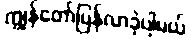
ကျွန်တော်ပြန်လာခဲ့ပါ့မယ်